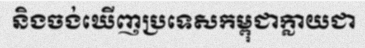
និងចង់ឃើញប្រទេសកម្ពុជាក្លាយជា